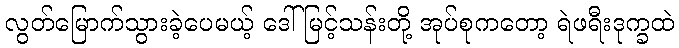
လွတ်မြောက်သွားခဲ့ပေမယ့် ဒေါ်မြင့်သန်းတို့ အုပ်စုကတော့ ရဲဖရီးဒုက္ခထဲ